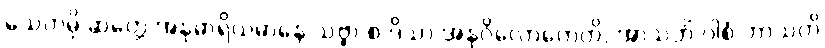
သေတမှိ ဆတ္တေ အနုဓာရိယမာနေ သဗ္ဗာ စ ဒိသာ အနုဝိလောကေတိ, အာသဘိံ ဝါစံ ဘာသတိ